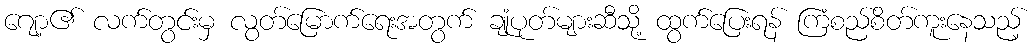
ဂျော့၏ လက်တွင်းမှ လွတ်မြောက်ရေးအတွက် ချုံပုတ်များဆီသို့ ထွက်ပြေးရန် ကြံစည်စိတ်ကူးနေသည့်